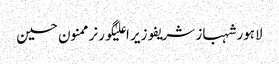
لاہورشہباز شریفوزیر اعلیٰگورنرممنون حسین